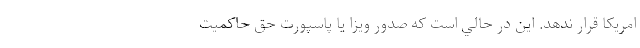
امريكا قرار ندهد. اين در حالي است كه صدور ويزا يا پاسپورت حق حاكميت